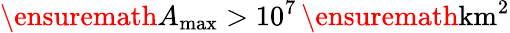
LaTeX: \ensuremath{A_{\mathrm{max}}}>10^{7}\, \ensuremath{\mathrm{km^{2}}}